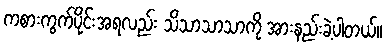
ကစားကွက်ပိုင်းအရလည်း သိသာသာသာကို အားနည်းခဲ့ပါတယ်။